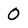
Character: 0